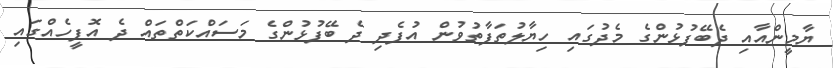
ޔާމީންއާއި ދެބޭފުޅުންގެ މެދުގައި ހިޔާލުތަފާތުވުން އުފެދި ދެ ބޭފުޅުންގެ މަސައްކަތްތައް ދެ އޮފީހެއްގައި